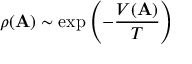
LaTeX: \rho ( { \bf A } ) \sim \exp \left( - { \frac { V ( { \bf A } ) } { T } } \right)